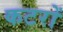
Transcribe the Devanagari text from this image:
कटरों